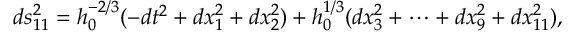
d s _ { 1 1 } ^ { 2 } = h _ { 0 } ^ { - 2 / 3 } ( - d t ^ { 2 } + d x _ { 1 } ^ { 2 } + d x _ { 2 } ^ { 2 } ) + h _ { 0 } ^ { 1 / 3 } ( d x _ { 3 } ^ { 2 } + \cdots + d x _ { 9 } ^ { 2 } + d x _ { 1 1 } ^ { 2 } ) ,